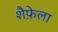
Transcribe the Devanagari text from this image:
शैफ़ेला